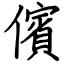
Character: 儐